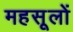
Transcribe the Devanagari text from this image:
महसूलों